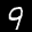
Label: 9